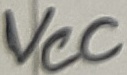
Text: VCC